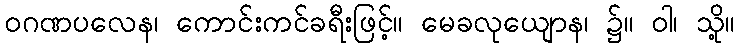
ဝဂဏပလေန၊ ကောင်းကင်ခရီးဖြင့်။ မေခလုယျောန၊ ၌။ ဝါ၊ သို့။